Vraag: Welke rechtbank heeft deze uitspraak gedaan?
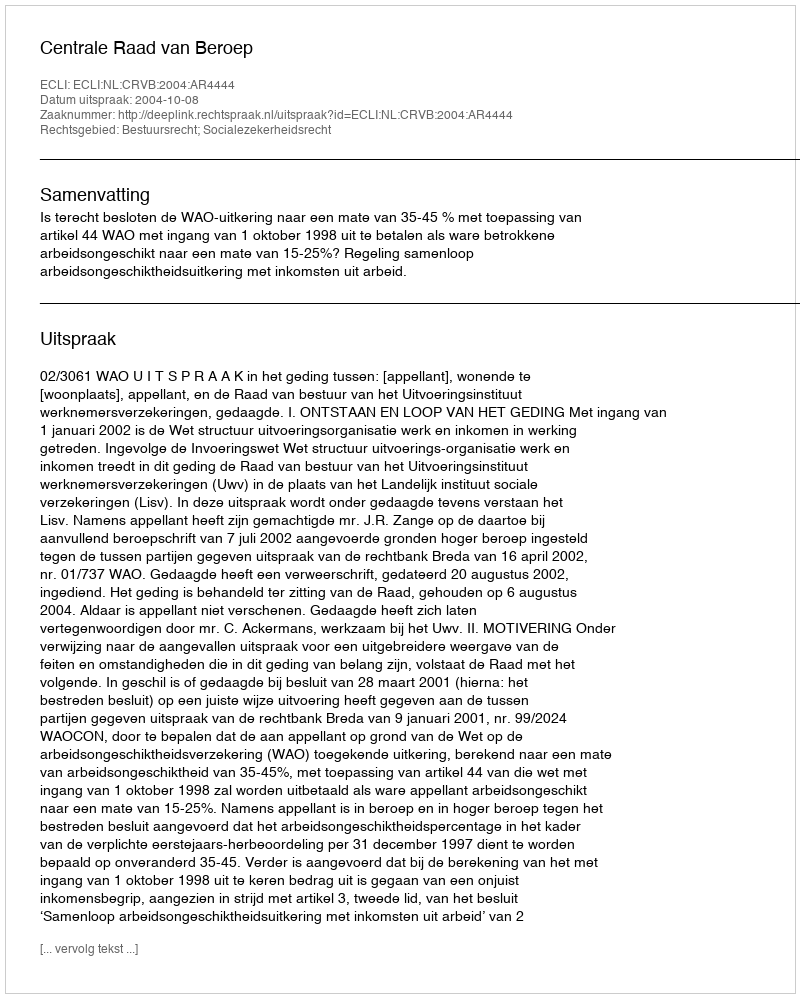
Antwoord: Centrale Raad van Beroep